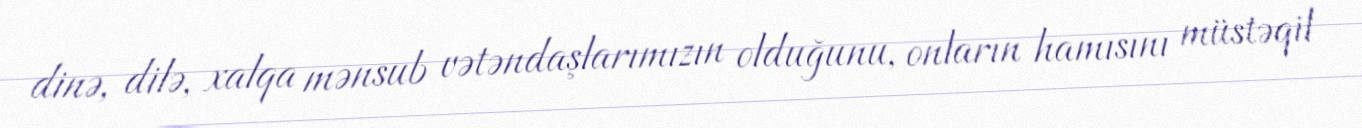
dinə, dilə, xalqa mənsub vətəndaşlarımızın olduğunu, onların hamısını müstəqil